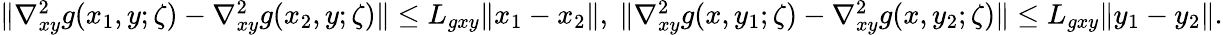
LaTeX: \begin{array}{r}{\| \nabla_{xy}^{2}g(x_{1},y;\zeta)-\nabla_{xy}^{2}g(x_{2},y;\zeta)\| \leq L_{gxy}\| x_{1}-x_{2}\| ,\ \| \nabla_{xy}^{2}g(x,y_{1};\zeta)-\nabla_{xy}^{2}g(x,y_{2};\zeta)\| \leq L_{gxy}\| y_{1}-y_{2}\| .}\end{array}